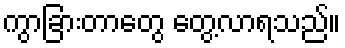
ကွာခြားတာတွေ တွေ့လာရသည်။